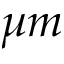
\mu m